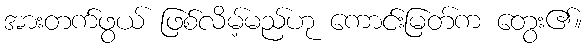
အားတက်ဖွယ် ဖြစ်လိမ့်မည်ဟု ကောင်းမြတ်က တွေး၏။